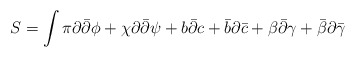
\begin{align*}S = \int \pi \partial {\bar \partial} \phi + \chi \partial{\bar \partial} \psi + b {\bar \partial} c + {\bar b} \partial{\bar c} + \beta {\bar \partial} \gamma + {\bar \beta} \partial{\bar \gamma}\end{align*}